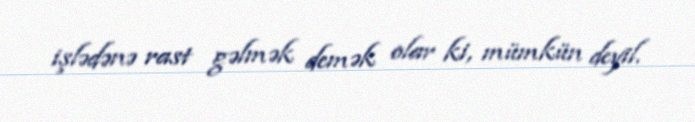
işlədənə rast gəlmək demək olar ki, mümkün deyil.